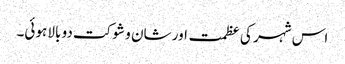
اس شہر کی عظمت اور شان و شوکت دو بالا ہوئی۔